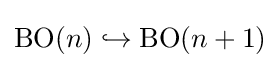
\operatorname {BO} (n)\hookrightarrow \operatorname {BO} (n+1)